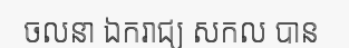
ចលនា ឯករាជ្យ សកល បាន